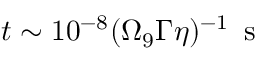
t \sim 1 0 ^ { - 8 } ( \Omega _ { 9 } \Gamma \eta ) ^ { - 1 } \, \mathrm { ~ s ~ }